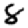
Digit: 8